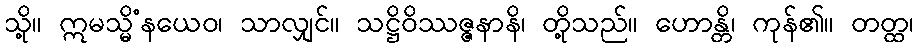
သို့။ ဣမသ္မိံနယေဝ၊ သာလျှင်။ သဋ္ဌိဝိဿဇ္ဇနာနိ၊ တို့သည်။ ဟောန္တိ၊ ကုန်၏။ တတ္ထ၊